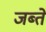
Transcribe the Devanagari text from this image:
जब्ते